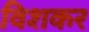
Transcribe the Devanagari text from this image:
विशकर